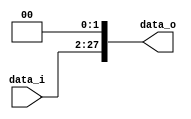
module Shift_Left28(
	data_i,
	data_o
);
	input	[25:0]	data_i;
	output	[27:0]	data_o;

	assign	data_o =	{ data_i, 2'b00 };
endmodule